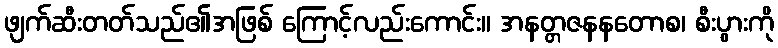
ဖျက်ဆီးတတ်သည်၏အဖြစ် ကြောင့်လည်းကောင်း။ အနတ္တဇနနတောစ၊ စီးပွားကို